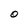
Character: O